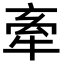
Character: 牽